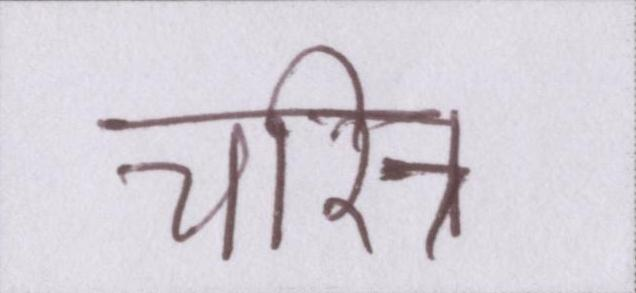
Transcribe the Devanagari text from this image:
चरित्र